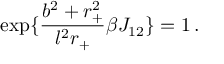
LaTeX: \exp \{ \frac { b ^ { 2 } + r _ { + } ^ { 2 } } { l ^ { 2 } r _ { + } } \beta J _ { 1 2 } \} = 1 \, .